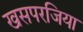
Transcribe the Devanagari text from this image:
खसपरजिया